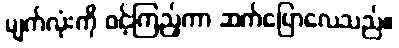
မျက်လုံးကို ဝင့်ကြည့်ကာ ဆက်ပြောလေသည်။